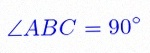
\angle ABC=90^\circ